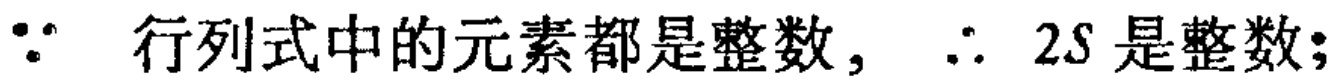
$\because$ 行列式中的元素都是整数，$\therefore 2S$ 是整数；